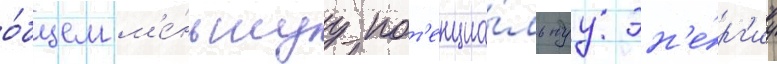
о́бщем м'е́ньшуу пот'енциа́льнуу эн'е́рг'иу